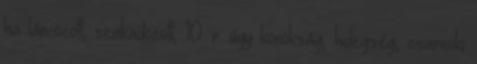
ha láncozott, szakadozott, 10. r. úgy konokság, hidegség, zsarnoki